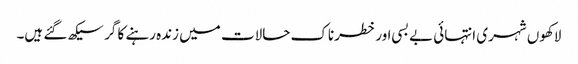
لاکھوں شہری انتہائی بے بسی اور خطرناک حالات میں زندہ رہنے کا گر سیکھ گئے ہیں۔